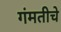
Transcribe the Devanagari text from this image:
गंमतीचे